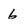
Character: 6